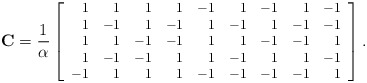
\begin{align*}\footnotesize\mathbf{C}=\frac{1}{\alpha}\left[\begin{array}{rrrrrrrrr}1&1&1&1&-1&1&-1&1&-1 \\1&-1 & 1 & -1 & 1 & -1 & 1 & -1 & -1\\1&1 & -1 & -1 & 1 & 1 & -1 & -1 & 1\\1&-1 & -1 & 1 & 1 & -1 & 1 & 1 & -1\\-1&1 & 1 & 1 & -1 & -1 & -1 & -1 & 1 \end{array}\right].\end{align*}